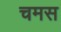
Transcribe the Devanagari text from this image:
चमस